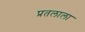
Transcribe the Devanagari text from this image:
प्रतलाला